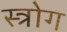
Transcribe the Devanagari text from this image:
स्त्रोग